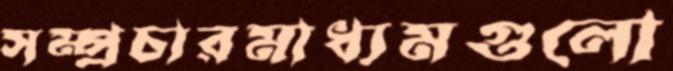
সম্প্রচারমাধ্যমগুলো